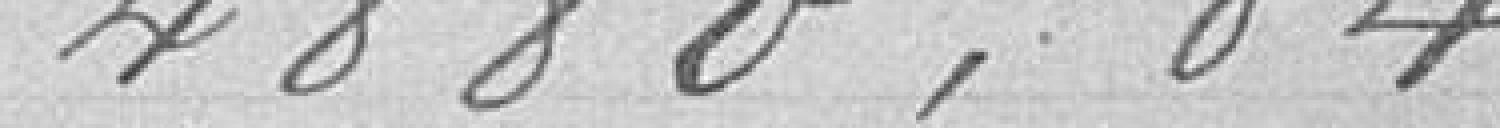
4880,84